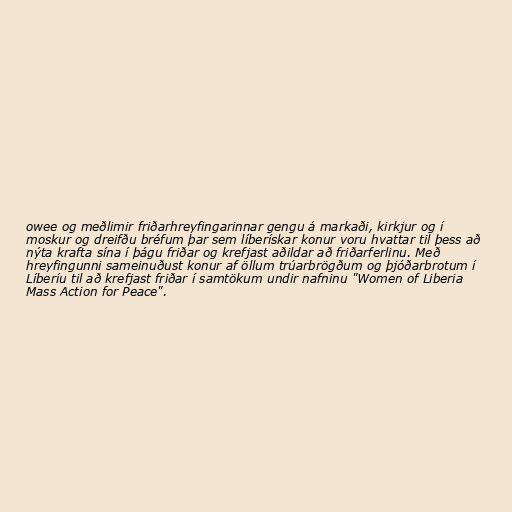
owee og meðlimir friðarhreyfingarinnar gengu á markaði, kirkjur og í
moskur og dreifðu bréfum þar sem líberískar konur voru hvattar til þess að
nýta krafta sína í þágu friðar og krefjast aðildar að friðarferlinu. Með
hreyfingunni sameinuðust konur af öllum trúarbrögðum og þjóðarbrotum í
Líberíu til að krefjast friðar í samtökum undir nafninu "Women of Liberia
Mass Action for Peace".